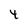
Character: 4